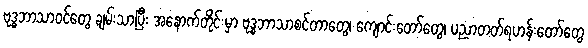
ဗုဒ္ဓဘာသာဝင်တွေ ချမ်းသာပြီး အနောက်တိုင်းမှာ ဗုဒ္ဓဘာသာစင်တာတွေ၊ ကျောင်းတော်တွေ၊ ပညာတတ်ရဟန်းတော်တွေ